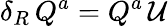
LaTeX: \delta_{R}\, Q^{a}=Q^{a}\, \mathcal{U}